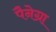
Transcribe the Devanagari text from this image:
पैनेग्रा